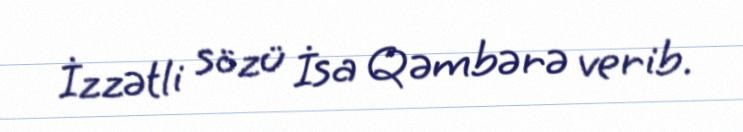
İzzətli sözü İsa Qəmbərə verib.